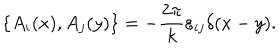
LaTeX: \{ A _ { i } ( x ) , A _ { j } ( y ) \} = - \frac { 2 \pi } { k } \varepsilon _ { i j } \delta ( x - y ) .